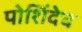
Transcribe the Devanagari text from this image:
पोशिंदेच